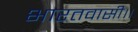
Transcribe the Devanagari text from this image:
भारतवासी।।